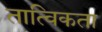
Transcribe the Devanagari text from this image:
तात्विकता